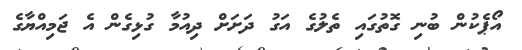
އޯޕެކުން ބުނި ގޮތުގައި ތެލުގެ އަގު ދަށަށް ދިއުމާ ގުޅިގެން އެ ޖަމިއްޔާގެ